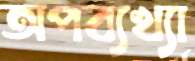
অপব্যখ্যা